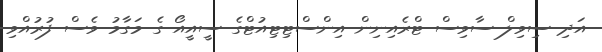
އަދި ސިވިލް ސާވިސް ޓްރެއިނިން އިންސްޓިޓިއުޓްގެ ސީއީއޯ ގެ މަގާމު ވެސް ފުރުއްވި